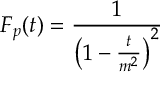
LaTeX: F _ { p } ( t ) = \frac { 1 } { \left( 1 - \frac { t } { m ^ { 2 } } \right) ^ { 2 } }